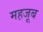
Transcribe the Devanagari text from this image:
महजूब